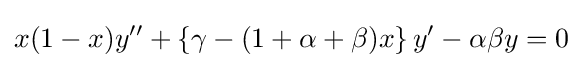
x(1-x)y''+\left\{\gamma -(1+\alpha +\beta )x\right\}y'-\alpha \beta y=0